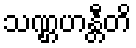
သဏ္ဌဟန္တီတိ